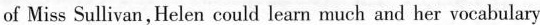
of Miss Sullivan,Helen could learn much and her vocabulary